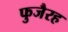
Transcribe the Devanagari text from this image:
फुजैरह